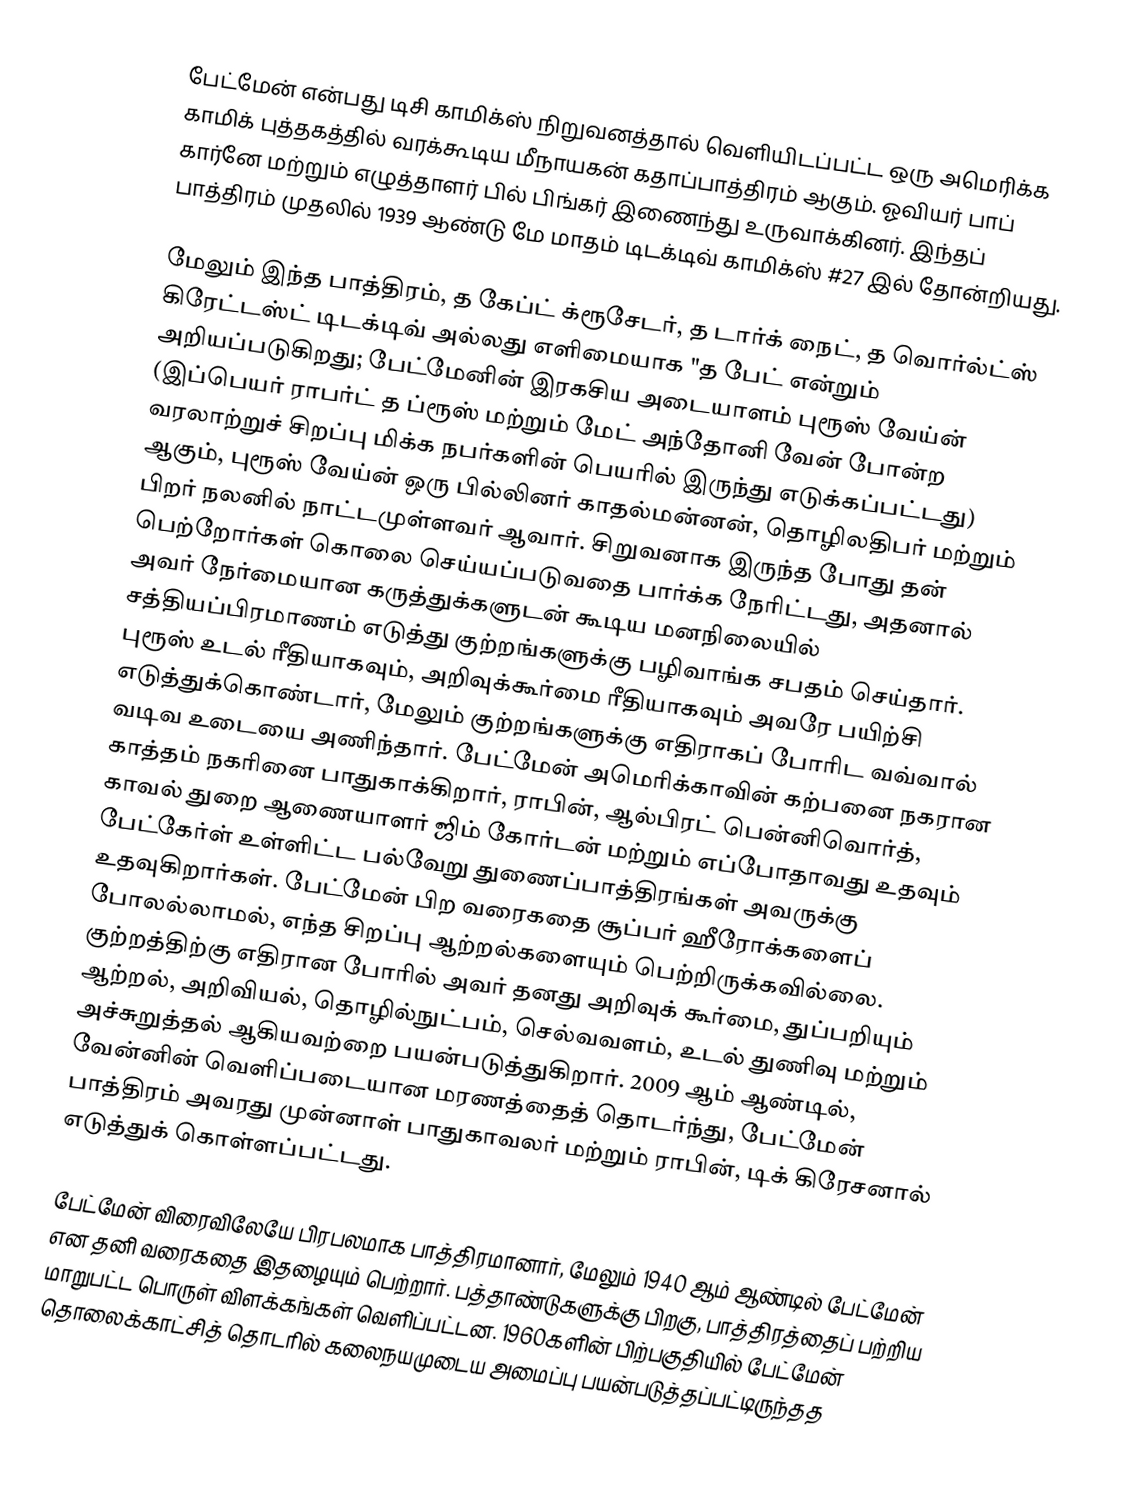
பேட்மேன்  என்பது டிசி காமிக்ஸ் நிறுவனத்தால் வெளியிடப்பட்ட ஒரு அமெரிக்க காமிக் புத்தகத்தில் வரக்கூடிய மீநாயகன் கதாப்பாத்திரம் ஆகும். ஓவியர் பாப் கார்னே மற்றும் எழுத்தாளர் பில் பிங்கர் இணைந்து உருவாக்கினர். இந்தப் பாத்திரம் முதலில் 1939 ஆண்டு மே மாதம் டிடக்டிவ் காமிக்ஸ் #27 இல் தோன்றியது.

மேலும் இந்த பாத்திரம், த கேப்ட் க்ரூசேடர், த டார்க் நைட், த வொர்ல்ட்ஸ் கிரேட்டஸ்ட் டிடக்டிவ் அல்லது எளிமையாக "த பேட் என்றும் அறியப்படுகிறது; பேட்மேனின் இரகசிய அடையாளம் புரூஸ் வேய்ன் (இப்பெயர் ராபர்ட் த ப்ரூஸ் மற்றும் மேட் அந்தோனி வேன் போன்ற வரலாற்றுச் சிறப்பு மிக்க நபர்களின் பெயரில் இருந்து எடுக்கப்பட்டது) ஆகும், புரூஸ் வேய்ன் ஒரு பில்லினர் காதல்மன்னன், தொழிலதிபர் மற்றும் பிறர் நலனில் நாட்டமுள்ளவர் ஆவார். சிறுவனாக இருந்த போது தன் பெற்றோர்கள் கொலை செய்யப்படுவதை பார்க்க நேரிட்டது, அதனால் அவர் நேர்மையான கருத்துக்களுடன் கூடிய மனநிலையில் சத்தியப்பிரமாணம் எடுத்து குற்றங்களுக்கு பழிவாங்க சபதம் செய்தார். புரூஸ் உடல் ரீதியாகவும், அறிவுக்கூர்மை ரீதியாகவும் அவரே பயிற்சி எடுத்துக்கொண்டார், மேலும் குற்றங்களுக்கு எதிராகப் போரிட வவ்வால் வடிவ உடையை அணிந்தார். பேட்மேன் அமெரிக்காவின் கற்பனை நகரான காத்தம் நகரினை பாதுகாக்கிறார், ராபின், ஆல்பிரட் பென்னிவொர்த், காவல் துறை ஆணையாளர் ஜிம் கோர்டன் மற்றும் எப்போதாவது உதவும் பேட்கேர்ள் உள்ளிட்ட பல்வேறு துணைப்பாத்திரங்கள் அவருக்கு உதவுகிறார்கள். பேட்மேன் பிற வரைகதை சூப்பர் ஹீரோக்களைப் போலல்லாமல், எந்த சிறப்பு ஆற்றல்களையும் பெற்றிருக்கவில்லை. குற்றத்திற்கு எதிரான போரில் அவர் தனது அறிவுக் கூர்மை, துப்பறியும் ஆற்றல், அறிவியல், தொழில்நுட்பம், செல்வவளம், உடல் துணிவு மற்றும் அச்சுறுத்தல் ஆகியவற்றை பயன்படுத்துகிறார். 2009 ஆம் ஆண்டில், வேன்னின் வெளிப்படையான மரணத்தைத் தொடர்ந்து, பேட்மேன் பாத்திரம் அவரது முன்னாள் பாதுகாவலர் மற்றும்  ராபின், டிக் கிரேசனால் எடுத்துக் கொள்ளப்பட்டது.

பேட்மேன் விரைவிலேயே பிரபலமாக பாத்திரமானார், மேலும் 1940 ஆம் ஆண்டில் பேட்மேன் என தனி வரைகதை இதழையும் பெற்றார். பத்தாண்டுகளுக்கு  பிறகு, பாத்திரத்தைப் பற்றிய மாறுபட்ட பொருள் விளக்கங்கள் வெளிப்பட்டன. 1960களின் பிற்பகுதியில் பேட்மேன் தொலைக்காட்சித் தொடரில் கலைநயமுடைய அமைப்பு பயன்படுத்தப்பட்டிருந்தத